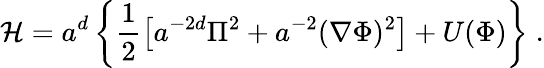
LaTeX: {\cal H}=a^{d}\left\{ \frac{1}{2}\left[a^{-2d}\Pi^{2}+a^{-2}({\mathbf\nabla}\Phi)^{2}\right]+U(\Phi)\right\} \; .